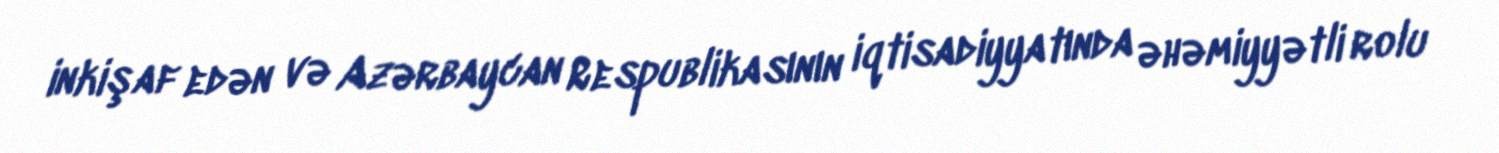
inkişaf edən və Azərbaycan Respublikasının iqtisadiyyatında əhəmiyyətli rolu